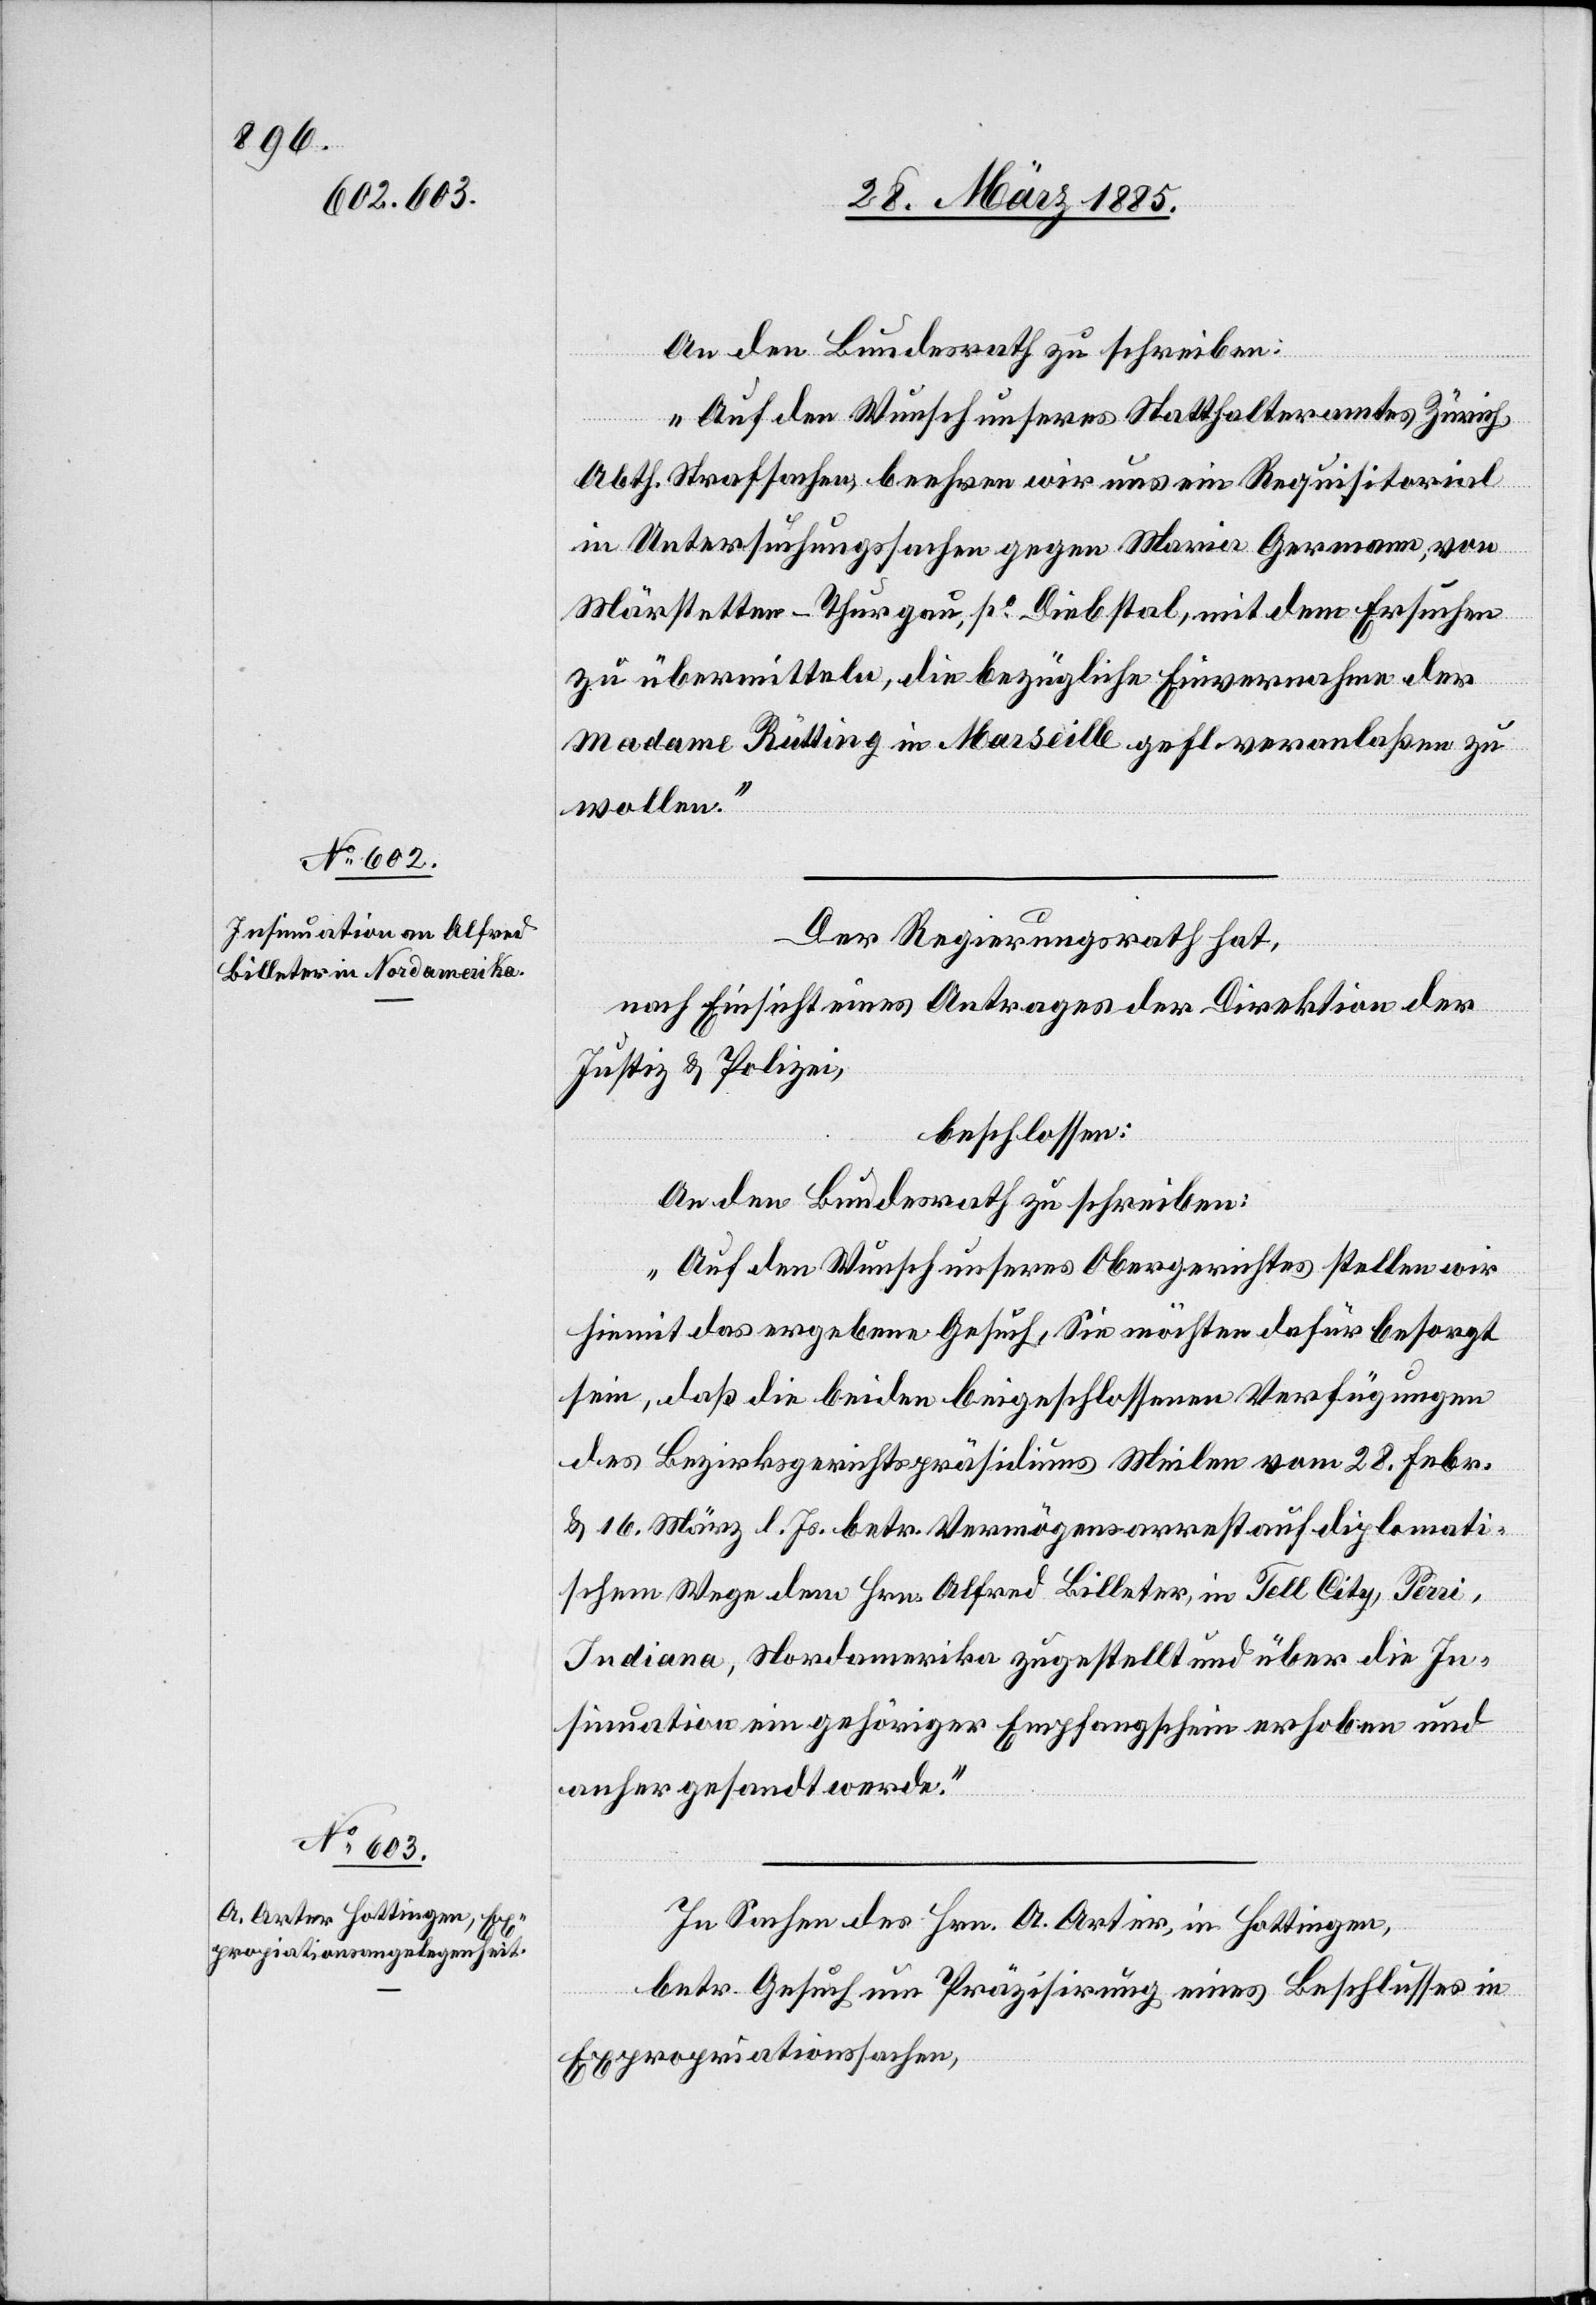
An den Bundesrath zu schreiben:
„Auf den Wunsch unseres Statthalteramtes Zürich
Abth. Strafsachen, beehren wir uns ein Requisitorial
in Untersuchungssachen gegen Maria Germann, von
Märstetten - Thurgau, po Diebstal, mit dem Ersuchen
zu übermitteln, die bezügliche Einvernahme der
Madame Bütting in Marseille gefl. veranlaßen zu
wollen.“
Der Regierungsrath hat,
nach Einsicht eines Antrages der Direktion der
Justiz & Polizei,
beschlossen:
An den Bundesrath zu schreiben:
„Auf den Wunsch unseres Obergerichtes stellen wir
hiemit das ergebene Gesuch, Sie möchten dafür besorgt
sein, daß die beiden beigeschlossenen Verfügungen
des Bezirksgerichtspräsidiums Meilen vom 28. Febr.
& 16. März l. Js. betr. Vermögensarrest auf diplomati¬
schem Wege dem Hrn. Alfred Billeter, in Tell City, Perri,
Indiana, Nordamerika zugestellt und über die In¬
sinuation ein gehöriger Empfangschein erhoben und
anher gesandt werde.
In Sachen des Hrn. A. Arter, in Hottingen,
betr. Gesuch um Präzisirung eines Beschlusses in
Expropriationssachen,